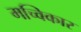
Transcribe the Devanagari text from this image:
मच्विकार